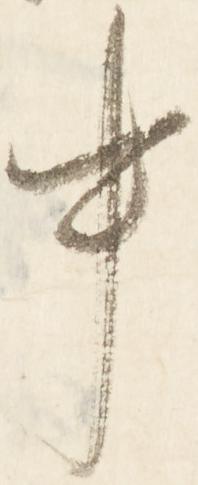
中